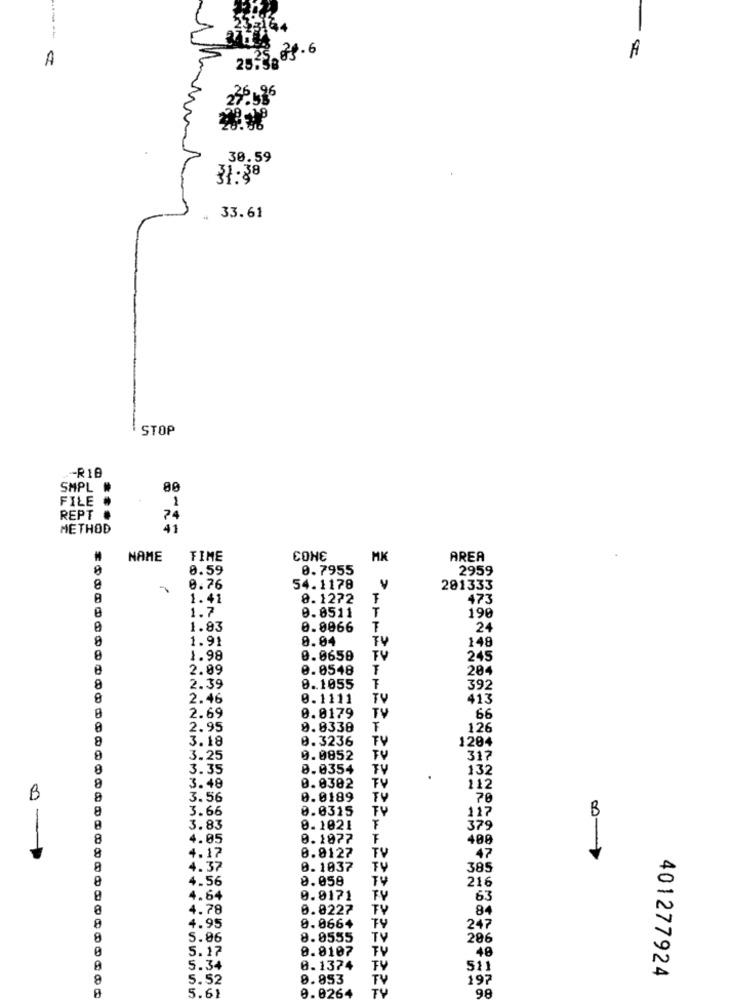
28.6
A
25.3
30.59
31.38
33.61
STOP
-R18
SMPL #
FILE
1
REPT ·
74
METHOD
41
3H03
M
NAME
FIME
MK
AREA
0.59
0.7955
2959
0.76
54.1178
201333
1.41
8.1272
473
1.7
T
0.0511
190
1.83
0.0066
T
24
1.91
8.04
TV
148
1.98
0.0658
TV
245
8
2.09
0.0548
204
8
2.39
0.1055
392
8
2.46
0.1111
TV
413
0.8179
2.69
TV
66
2.95
9.0338
126
8
3.18
0.3236
TV
1204
8
3.25
0.0852
317
8
3.35
0.0354
132
3.48
0.0382
TV
112
B
8
3.56
0.0189
TV
70
8
3.66
0.0315
TY
117
B
3.83
0.1021
F
379
8
4.05
0.1077
F
400
8
0.8127
47
4.17
TV
4.37
0.1037
TY
385
4.56
8.058
TV
216
4.64
0.0171
TV
63
8
4.78
0.0227
TV
84
TY
4.95
0.066+
247
8
5.06
8.0555
TV
286
5.17
0.0107
48
A
5.34
0.1374
511
401277924
5.52
8.853
192
5.61
0.026
98